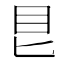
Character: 𥃩